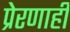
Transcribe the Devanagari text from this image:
प्रेरणाही